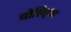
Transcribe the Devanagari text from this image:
बोल्ड्रिन